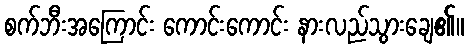
စက်ဘီးအကြောင်း ကောင်းကောင်း နားလည်သွားချေ၏။